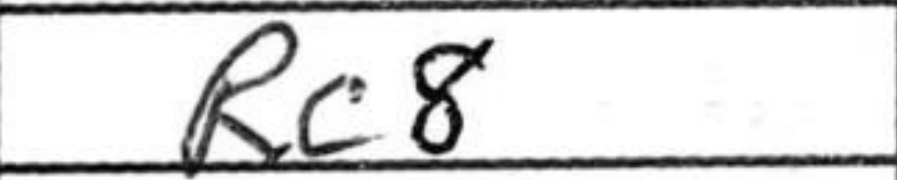
Transcription: Rc8